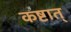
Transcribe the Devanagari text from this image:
कष्टात्